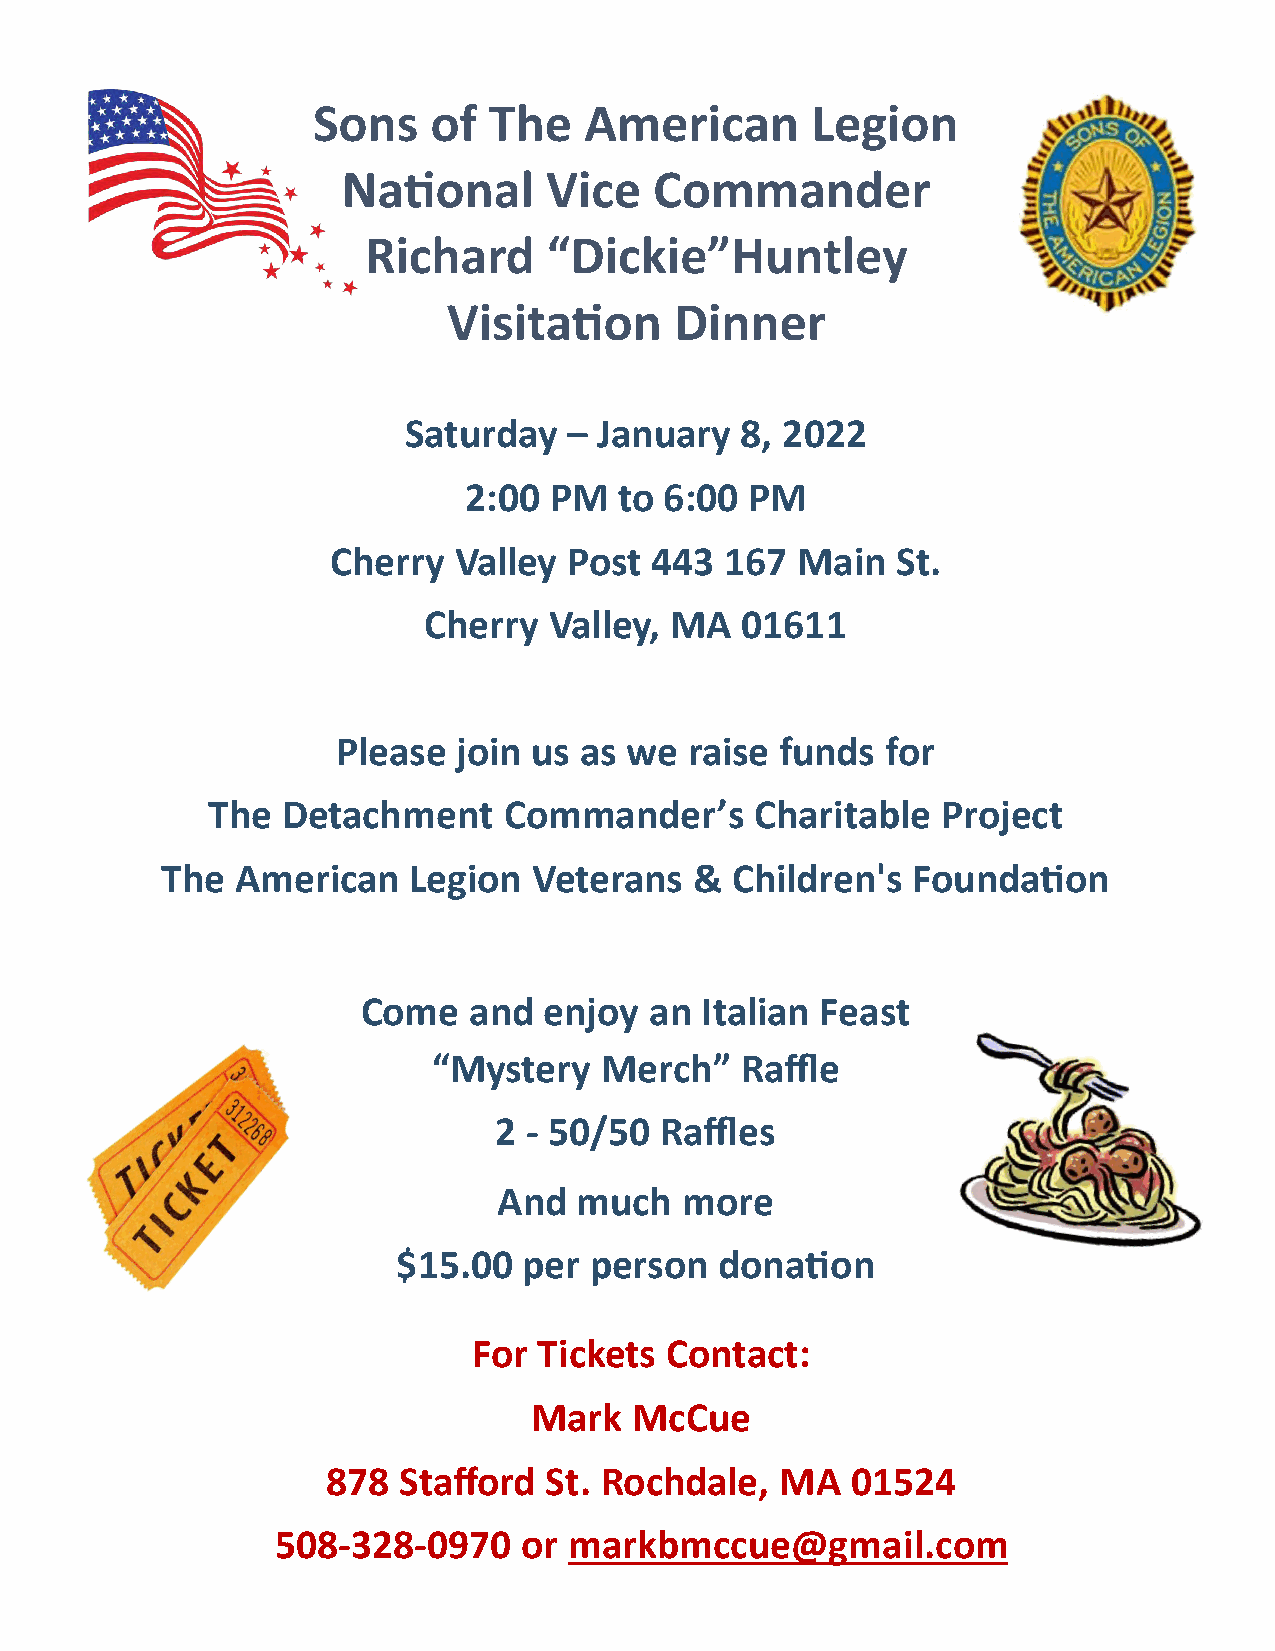
Sons    of The    American       Legion
 National     Vice   Commander
 Richard     “Dickie”Huntley
 Visitation     Dinner
 Saturday   – January  8, 2022
 2:00 PM   to 6:00  PM
 Cherry  Valley  Post 443  167  Main  St.
 Cherry  Valley, MA   01611
 Please  join us as we   raise funds  for
 The  Detachment    Commander’s      Charitable  Project
 The  American   Legion  Veterans   & Children's  Foundation
 Come   and  enjoy  an Italian Feast
 “Mystery   Merch”   Raffle
 2 - 50/50  Raffles
 And  much   more
 $15.00   per person   donation
 For  Tickets Contact:
 Mark   McCue
 878 Stafford  St. Rochdale,   MA  01524
 508-328-0970    or  markbmccue@gmail.com